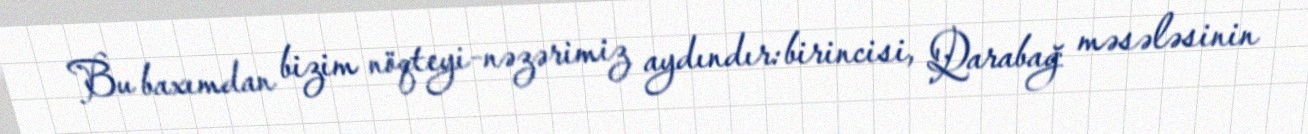
Bu baxımdan bizim nöqteyi-nəzərimiz aydındır: birincisi, Qarabağ məsələsinin